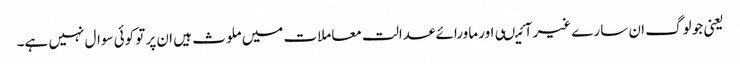
یعنی جو لوگ ان سارے غیر آئیںی اور ماورائے عدالت معاملات میں ملوث ہیں ان پر تو کوئی سوال نہیں ہے۔